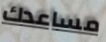
مساعدك